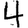
Digit: 4